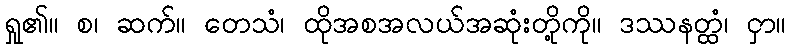
ရှု၏။ စ၊ ဆက်။ တေသံ၊ ထိုအစအလယ်အဆုံးတို့ကို။ ဒဿနတ္ထံ၊ ငှာ။